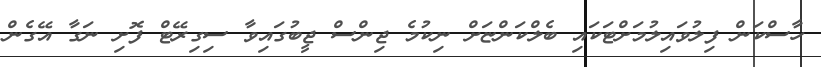
ހާސްކަން ފިލުވައިލުމަށްޓަކައި ބެލްކަންޏަށް ނިކުމެ ޖިންސް ޖީބުގައިވާ ސިގިރޭޓް ފޮށި ނަގާ އޭގެން